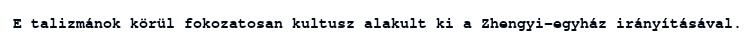
E talizmánok körül fokozatosan kultusz alakult ki a Zhengyi-egyház irányításával.